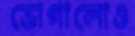
ভোগালোও